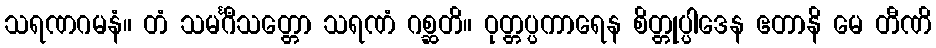
သရဏဂမနံ။ တံ သမင်္ဂီသတ္တော သရဏံ ဂစ္ဆတိ။ ဝုတ္တပ္ပကာရေန စိတ္တုပ္ပါဒေန ဧတာနိ မေ တီဏိ